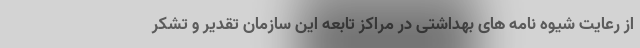
از رعایت شیوه نامه های بهداشتی در مراکز تابعه این سازمان تقدیر و تشکر